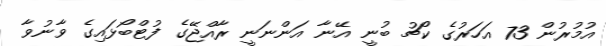
އުމުރުން 73 އަހަރުގެ ކޯޗު ބުނީ އޭނާ އަންނަނީ ރާއްޖޭގެ ފުޓްބޯޅައިގެ ވާނުވާ